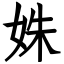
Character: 姝